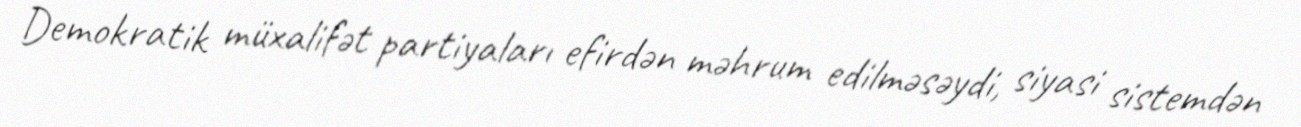
Demokratik müxalifət partiyaları efirdən məhrum edilməsəydi, siyasi sistemdən